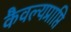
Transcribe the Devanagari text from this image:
कैवल्यप्राप्ति